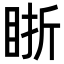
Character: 䀿